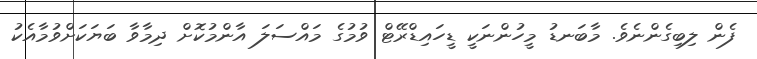
ފެން ލިބިގެންނެވެ. މާބަނޑު މީހުންނަކީ ޑީހައިޑްރޭޓް ވުމުގެ މައްސަލަ އާންމުކޮށް ދިމާވާ ބަޔަކަށްވުމާއެކު